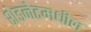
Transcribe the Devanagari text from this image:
शेडनेटमधील